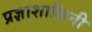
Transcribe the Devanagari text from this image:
प्रज्ञाशालिनी